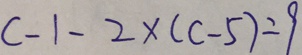
c - 1 - 2 \times ( c - 5 ) = 9